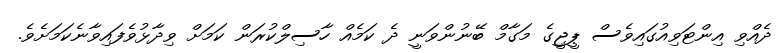
ދެއްވި އިންޓަވިއުގައިވެސް ޕީޖީގެ މަގާމް ބޭނުންވަނީ ދެ ކަމެއް ހާސިލްކުރަން ކަމަށް ވިދާޅުވެފައިވާނެކަމަށެވެ.